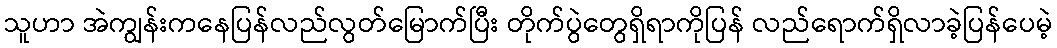
သူဟာ အဲကျွန်းကနေပြန်လည်လွတ်မြောက်ပြီး တိုက်ပွဲတွေရှိရာကိုပြန် လည်ရောက်ရှိလာခဲ့ပြန်ပေမဲ့